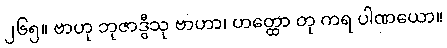
၂၆၅။ ဗာဟု ဘုဇာဒွီသု ဗာဟာ၊ ဟတ္ထော တု ကရ ပါဏယော။